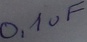
Text: 0,1uF